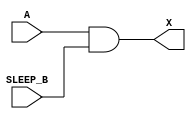
module sky130_fd_sc_hdll__inputiso0n_2 (
    X      ,
    A      ,
    SLEEP_B
);
    output X      ;
    input  A      ;
    input  SLEEP_B;
    and and0 (X     , A, SLEEP_B     );
endmodule